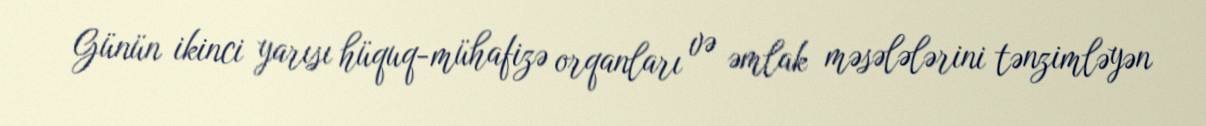
Günün ikinci yarısı hüquq-mühafizə orqanları və əmlak məsələlərini tənzimləyən